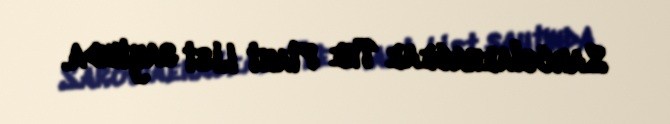
Sarcolaenaceae The Plant List saytında.